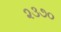
૨૩૭૦